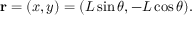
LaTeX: \mathbf { r } = ( x , y ) = ( L \sin \theta , - L \cos \theta ) .